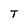
Character: T